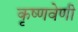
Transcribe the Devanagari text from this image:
कृष्णवेणी